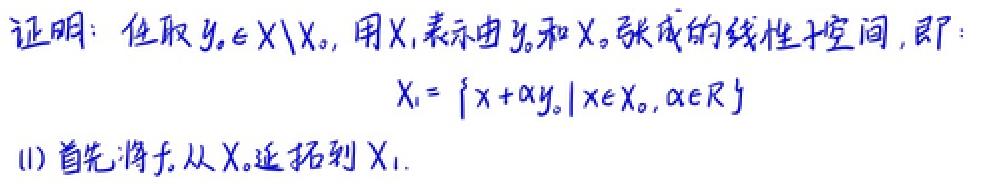
证明：任取$y_0\in X\setminus X_0$，用$X_1$表示由$y_0$和$X_0$张成的线性子空间，即：
\[
X_1 = \{x+\alpha y_0|x\in X_0,\alpha\in\mathbb{R}\}
\]
(1) 首先将$f$从$X_0$延拓到$X_1$.